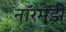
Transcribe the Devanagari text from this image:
नॉरमेंडी